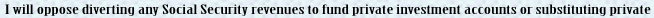
I will oppose diverting any Social Security revenues to fund private investment accounts or substituting private